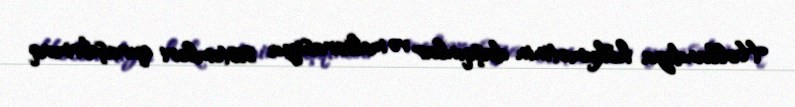
Hollandiya hökumətinin daşqınlar və meliorasiya sistemləri quraşdırmaq